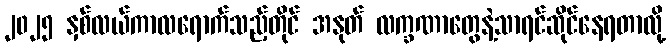
၂၀၂၅ နှစ်လယ်ကာလရောက်သည့်တိုင် အနုတ် လက္ခဏာတွေနဲ့သာရင်ဆိုင်နေရတာလို့